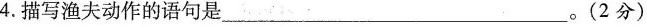
4.描写渔夫动作的语句是___。(2分)